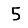
Digit: 5